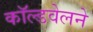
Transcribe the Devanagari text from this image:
काॅल्डवेलने